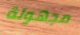
مجهولة